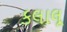
કલાલૂ